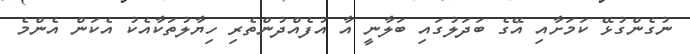
ނުގެންގުޅޭ ކަމަށާއި އޭގެ ބަދަލުގައި ބަލާނީ އާ އުފެއްދުންތެރި ހިޔާލުތަކާއެކު އެކަން އެންމެ